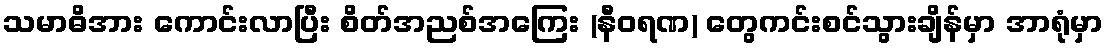
သမာဓိအား ကောင်းလာပြီး စိတ်အညစ်အကြေး (နီဝရဏ) တွေကင်းစင်သွားချိန်မှာ အာရုံမှာ